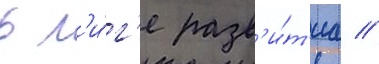
в л'и́г'е разв'и́т'иа //